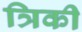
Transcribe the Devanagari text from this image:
त्रिकी